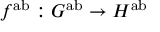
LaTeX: f ^ { \mathrm { a b } } : G ^ { \mathrm { a b } } \to H ^ { \mathrm { a b } }